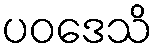
ပဝဒေသိ